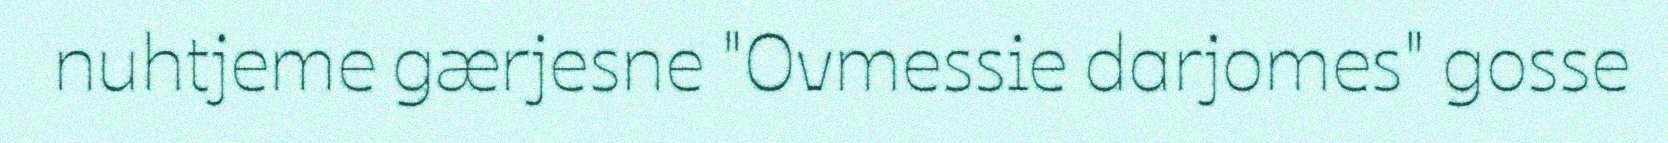
nuhtjeme gærjesne "Ovmessie darjomes" gosse